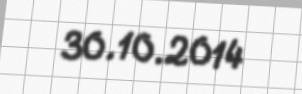
30.10.2014